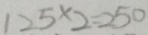
1 2 5 \times 2 = 2 5 0